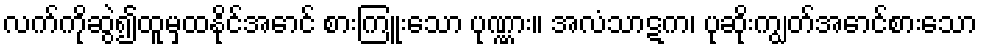
လက်ကိုဆွဲ၍ထူမှထနိုင်အောင် စားကြူးသော ပုဏ္ဏား။ အလံသာဋက၊ ပုဆိုးကျွတ်အောင်စားသော